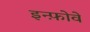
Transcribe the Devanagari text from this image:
इन्फ़ोवे